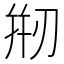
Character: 𠝵